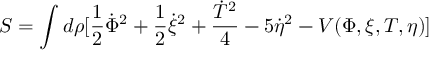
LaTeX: S = \int d \rho [ \frac { 1 } { 2 } \dot { \Phi } ^ { 2 } + \frac { 1 } { 2 } \dot { \xi } ^ { 2 } + \frac { \dot { T } ^ { 2 } } { 4 } - 5 \dot { \eta } ^ { 2 } - V ( \Phi , \xi , T , \eta ) ]